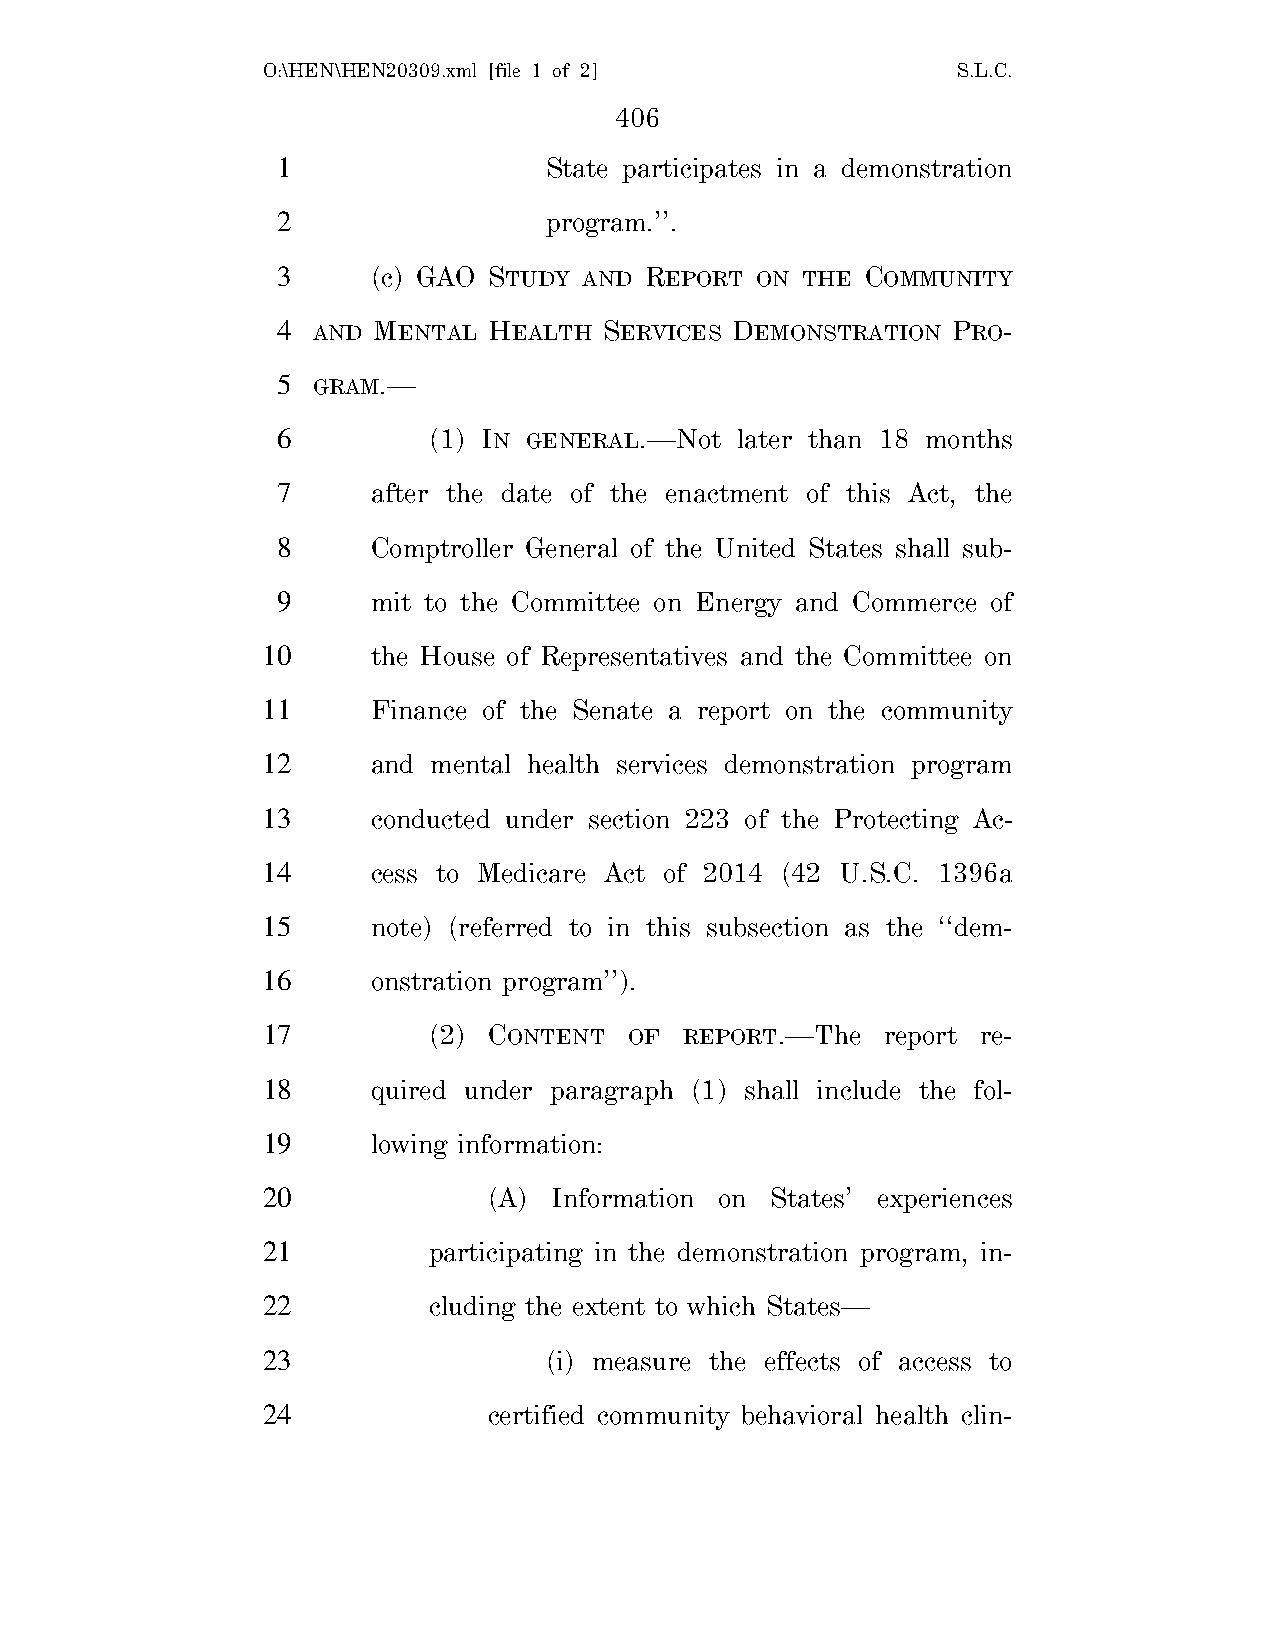
O:\HEN\HEN20309.xml [file 1 of 2]             S.L.C.
 406
 1                 State participates in a demonstration
 2                 program.’’.
 3      (c) GAO STUDY AND REPORT ON THE COMMUNITY
 4  AND MENTAL HEALTH  SERVICES DEMONSTRATION PRO-
 5  GRAM.—
 6         (1) IN GENERAL.—Not  later than 18 months
 7      after the date of the enactment of this Act, the
 8      Comptroller General of the United States shall sub-
 9      mit to the Committee on Energy and Commerce of
 10      the House of Representatives and the Committee on
 11      Finance of the Senate a report on the community
 12      and mental health services demonstration program
 13      conducted under section 223 of the Protecting Ac-
 14      cess to Medicare Act of 2014 (42 U.S.C. 1396a
 15      note) (referred to in this subsection as the ‘‘dem-
 16      onstration program’’).
 17         (2) CONTENT   OF REPORT.—The   report re-
 18      quired under paragraph (1) shall include the fol-
 19      lowing information:
 20             (A)  Information on States’ experiences
 21         participating in the demonstration program, in-
 22         cluding the extent to which States—
 23                 (i) measure the effects of access to
 24             certified community behavioral health clin-